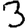
Digit: 3